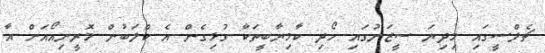
ޗެލްސީގައި މިދިޔަ ސީޒަނުގައި ހޯދި ކާމިޔާބީތަކާ ގުޅިގެން އެ ކްލަބުން މޮރީނިއޯއަށް އާ